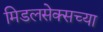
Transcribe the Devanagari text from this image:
मिडलसेक्सच्या